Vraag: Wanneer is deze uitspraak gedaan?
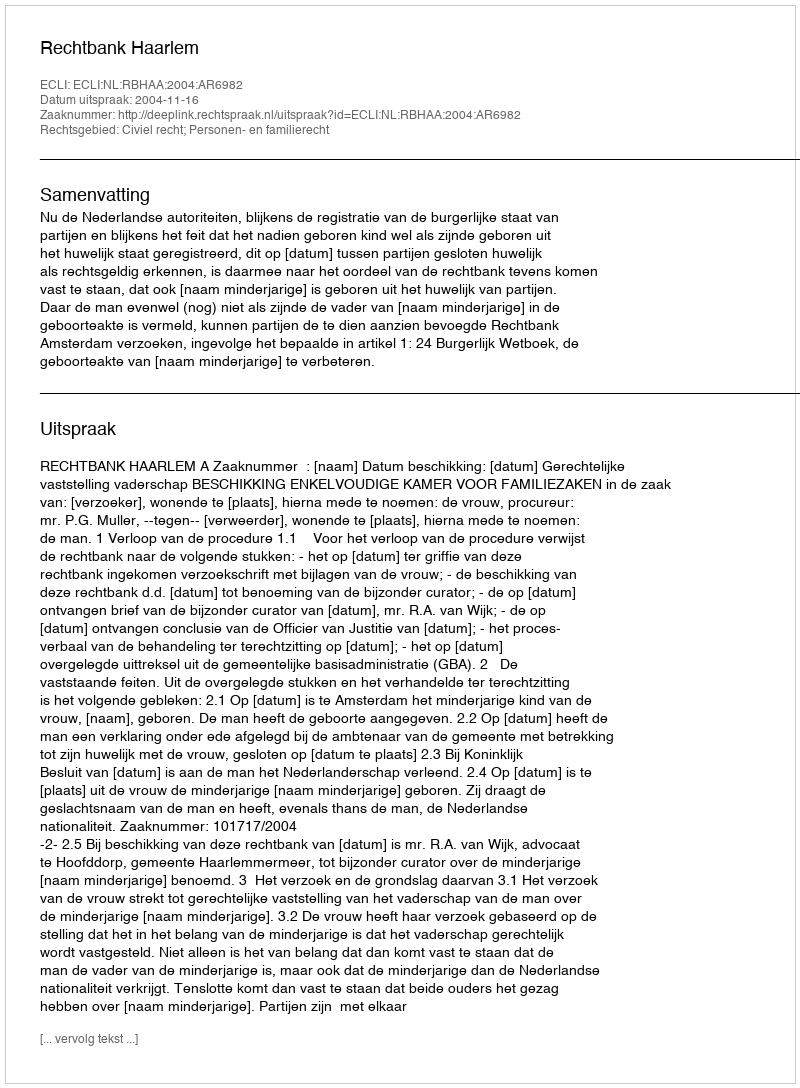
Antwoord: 2004-11-16